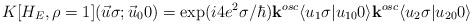
LaTeX: \begin{align*}K[H_E,\rho =1]( \vec{u} \sigma ;\vec{u}_0 0) = \exp(i4e^2\sigma / \hbar ) {\bf k}^{osc}\langle u_1\sigma \vert u_{10}0 \rangle {\bf k}^{osc} \langle u_2 \sigma \vert u_{20} 0 \rangle \end{align*}